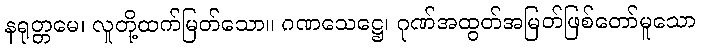
နရုတ္တမေ၊ လူတို့ထက်မြတ်သော။ ဂဏသေဋ္ဌေ၊ ဂုဏ်အထွတ်အမြတ်ဖြစ်တော်မူသော